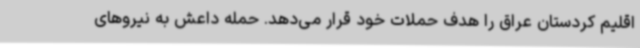
اقلیم کردستان عراق را هدف حملات خود قرار می‌دهد. حمله داعش به نیروهای